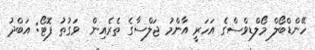
ހޭންޑްބޯލް މޯލްޑިވްސްގެ އަހަރީ އާންމު ޖަލްސާގެ ތެރެއިން  ވަގުތު ފޮޓޯ: އަބްދު